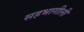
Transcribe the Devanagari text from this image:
सहभागीली